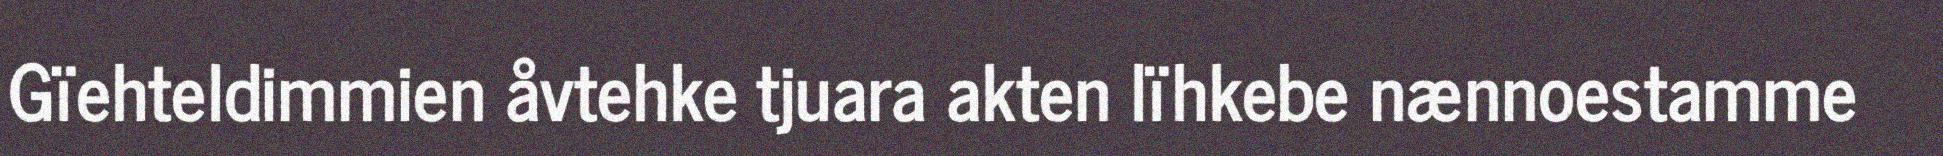
Gïehteldimmien åvtehke tjuara akten lïhkebe nænnoestamme